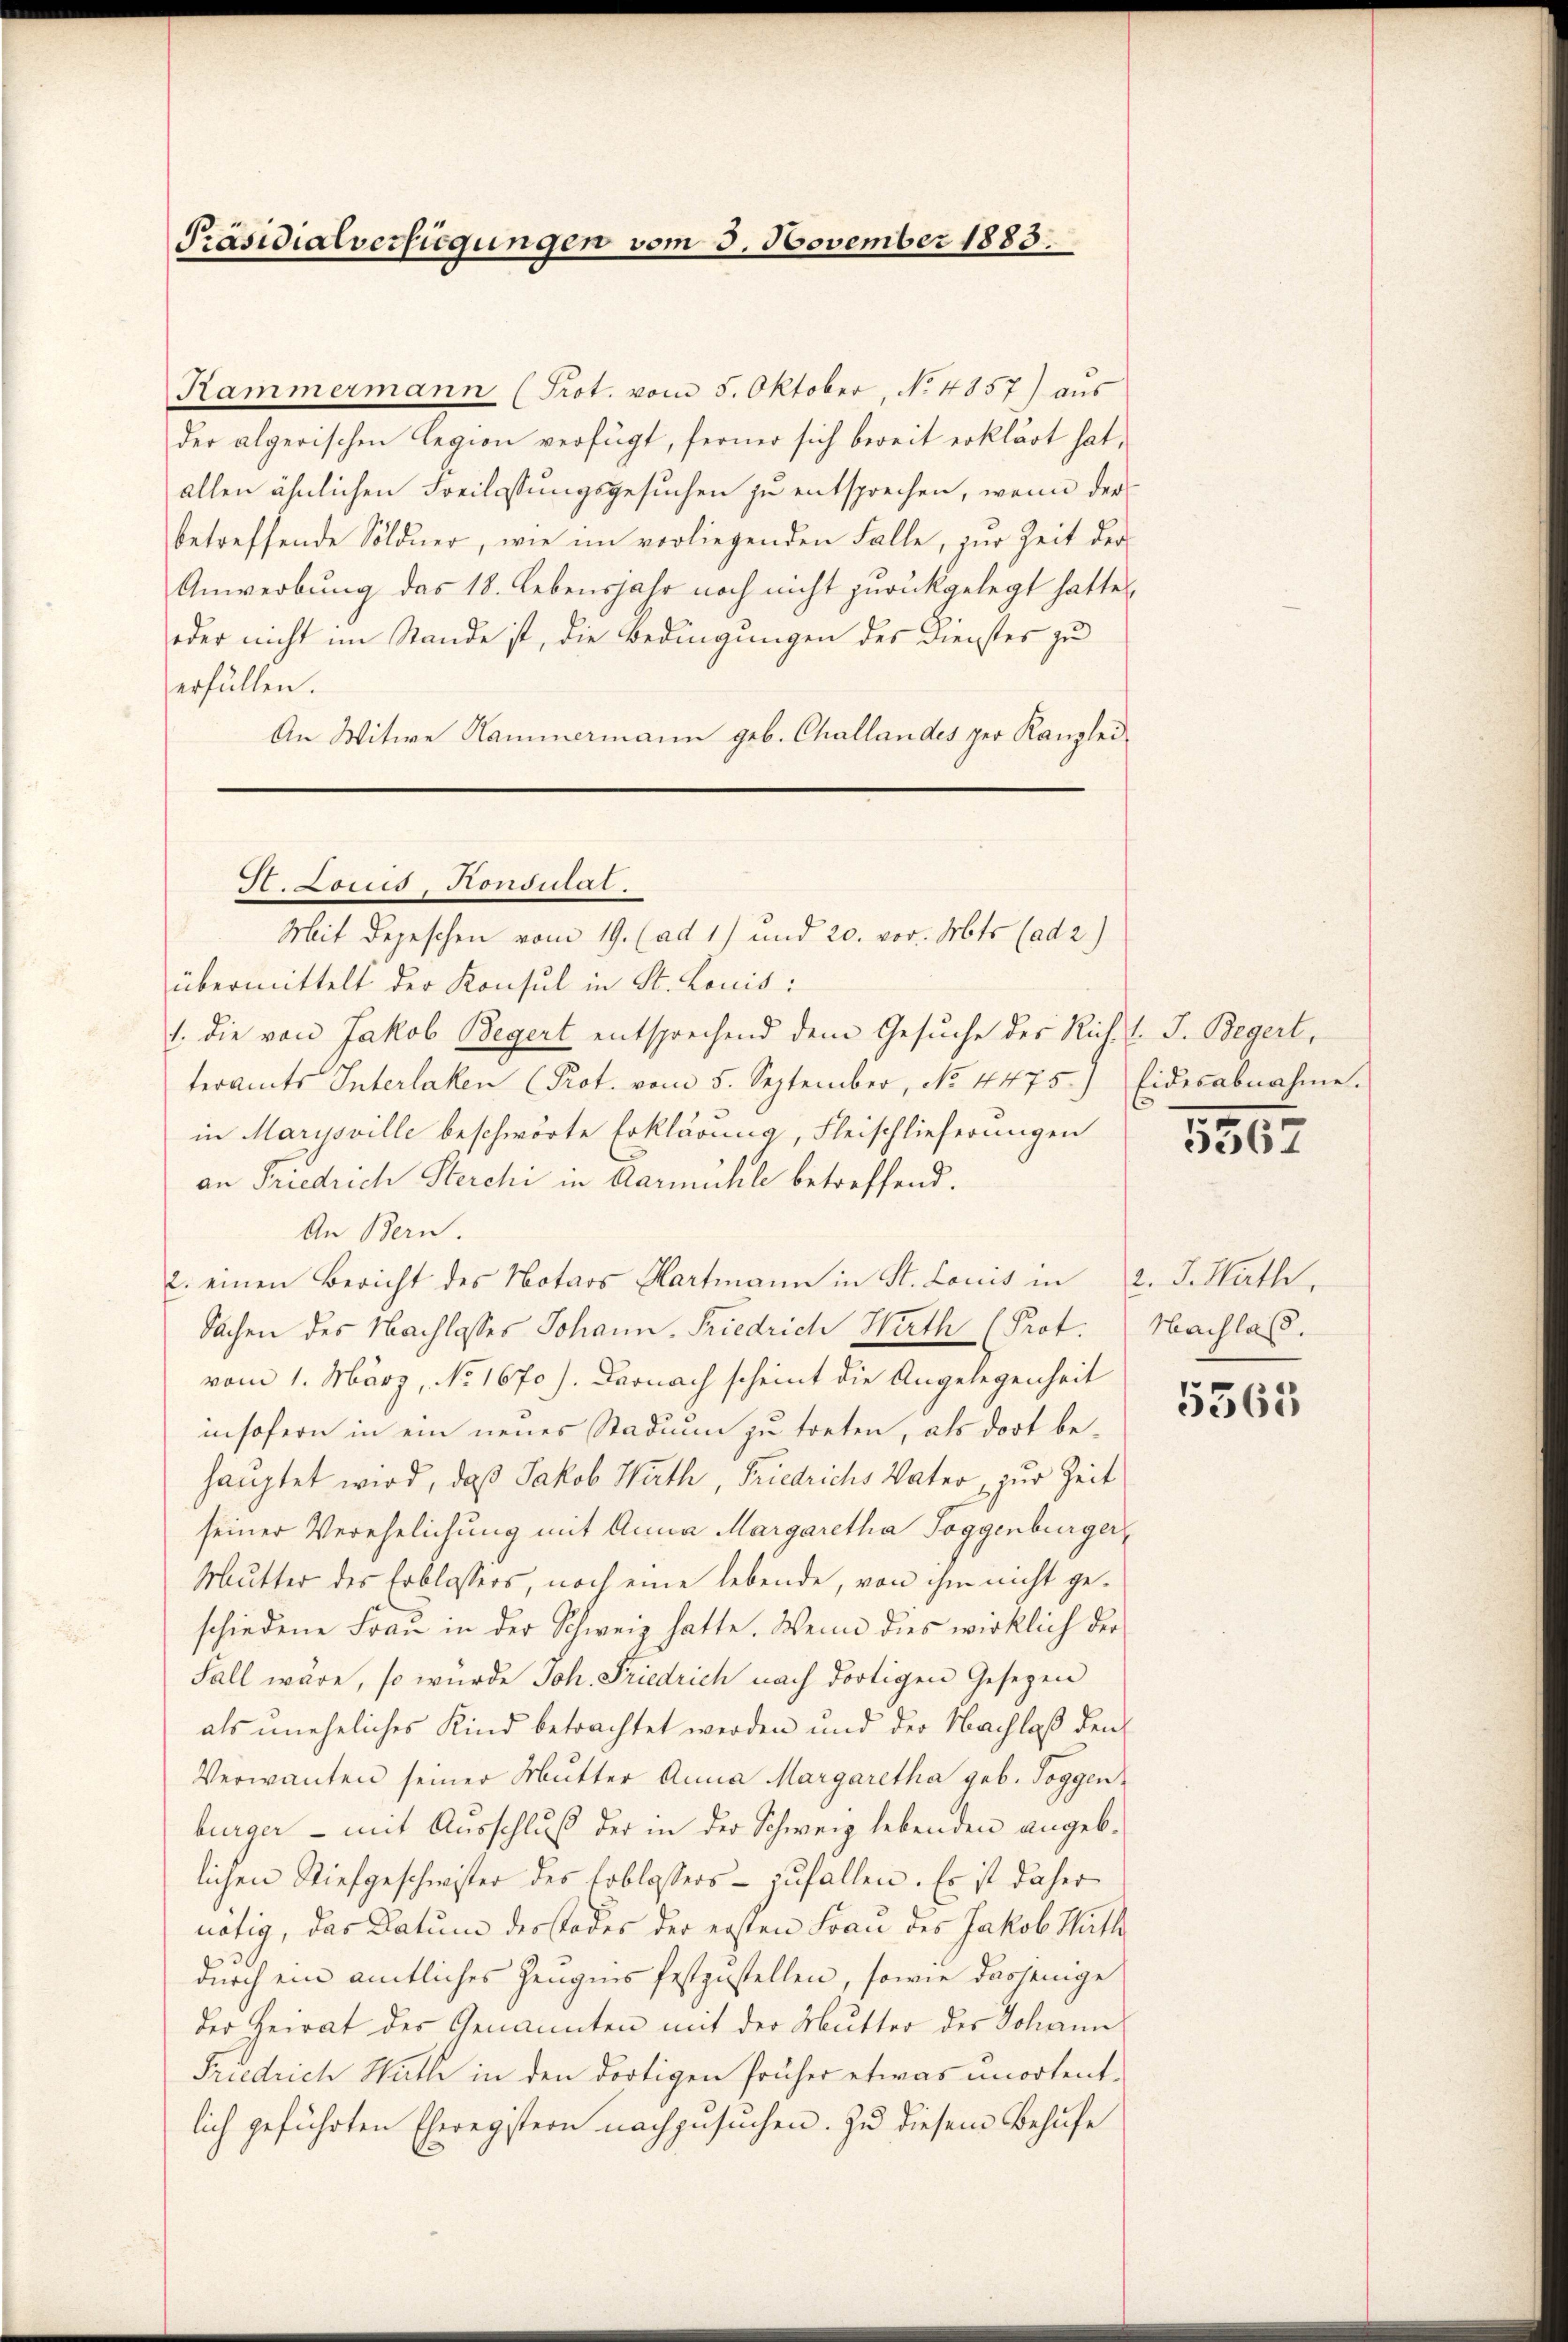
Präsidialverfügungen vom 3. November 1883.

Kammermann (Prot. vom 5. Oktober, No. 4857) aus
der algerischen Legion verfügt, ferner sich bereit erklärt hat,
allen ähnlichen Freilassungsgesuchen zu entsprechen, wenn der
betreffende Söldner, wie im vorliegenden Falle, zur Zeit der
Anwerbung das 18. Lebensjahr noch nicht zurückgelegt hatte,
oder nicht im Stande ist, die Bedingungen des Dienstes zu
erfüllen.
An Witwe Hammermann geb. Challandes per Kanzlei

übermittelt der Konsul in St. Louis:
1. die von Jakob Begert entsprechend dem Gesuche des Rich. E. J. Begert,
teramts Interlaken (Prot. vom 5. September, No. 4475.) Eidesabnahme.
in Marysville beschwörte Erklärung, Fleischlieferungen
an Friedrich Sterchi in Aarmühle betreffend.
An Bern.
2. einen Bericht des Notars Hartmann in St. Louis in d. J. Hath,
Sachen des Nachlasses Johann. Friedrich Wirth (Prot.
vom 1. März, No. 1670). Darnach scheint die Angelegenheit
insofern in ein neues Stadium zu treten, als dort behauptet wird, daß Jakob Warth, Friedrichs Vater, zur Zeit
seiner Verehelichung mit Anna Margaretha Toggenburger,
Mutter des Erblassers, noch eine lebende, von ihm nicht geschiedene Frau in der Schweiz hatte. Wenn dies wirklich der
Fall wäre, so wurde Joh. Friedrich nach dortigen Gesezen
als uneheliches Kind betrachtet werden und der Nachlaß den
Verwanten seiner Mutter Anna Margaretha geb. Toggenburger – mit Ausschluß der in der Schweiz lebenden angeblichen Stiefgeschwister des Erblossers - zufallen. Es ist daher
nötig, das Datum der Todes der ersten Frau des Jakob Hütte
durch ein amtliches Zeugnis festzustellen, sowie dasjenige
der Heirat des Genannten mit der Mutter des Johann
Friedrich Hathe in den dortigen früher etwas unortentlich geführten Eheregistern nachzusuchen. Zu diesem Behufe

H. Louis-Hondulat
Mit depeschen vom 19. (ad 1) und 20. vor. Mts. (ad 2.)

5562

Nachlaß.

5563